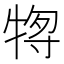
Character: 𰠶